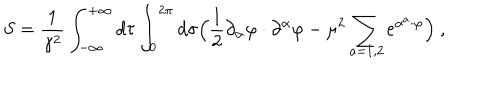
LaTeX: S = \frac { 1 } { \gamma ^ { 2 } } \int _ { - \infty } ^ { + \infty } d \tau \int _ { 0 } ^ { 2 \pi } d \sigma \Bigl ( \frac { 1 } { 2 } \partial _ { \alpha } \varphi \cdot \partial ^ { \alpha } \varphi - \mu ^ { 2 } \sum _ { a = 1 , 2 } \mathrm { e } ^ { \alpha ^ { a } \cdot \varphi } \Bigr ) ~ ,